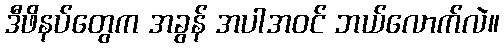
ဒီဖိနပ်တွေက အခွန် အပါအဝင် ဘယ်လောက်လဲ။